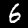
Digit: 6